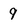
Character: 9